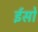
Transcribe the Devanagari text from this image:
ईसो